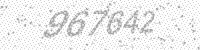
Solution: 967642